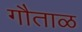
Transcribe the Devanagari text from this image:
गौताळ